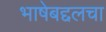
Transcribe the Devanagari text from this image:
भाषेबद्दलचा